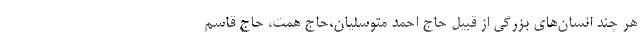
هر چند انسان‌های بزرگی از قبیل حاج احمد متوسلیان،حاج همت، حاج قاسم